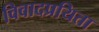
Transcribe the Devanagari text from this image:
विवादप्रयिता